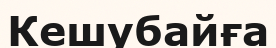
Кешубайға